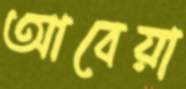
আবেয়া